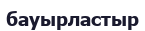
бауырластыр